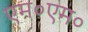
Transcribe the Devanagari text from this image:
एम०एम०